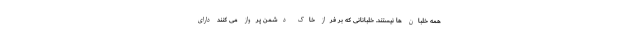
همه خلبان ها نیستند. خلبانانی که بر فراز خاک دشمن پرواز می کنند دارای